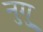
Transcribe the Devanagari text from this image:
नुगु